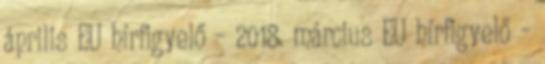
április EU hírfigyelő – 2018. március EU hírfigyelő –